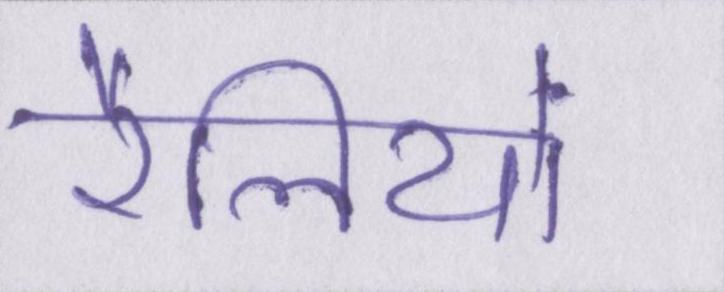
रैलियों